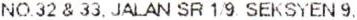
NO.32 & 33, JALAN SR 1/9 SEKSYEN 9,